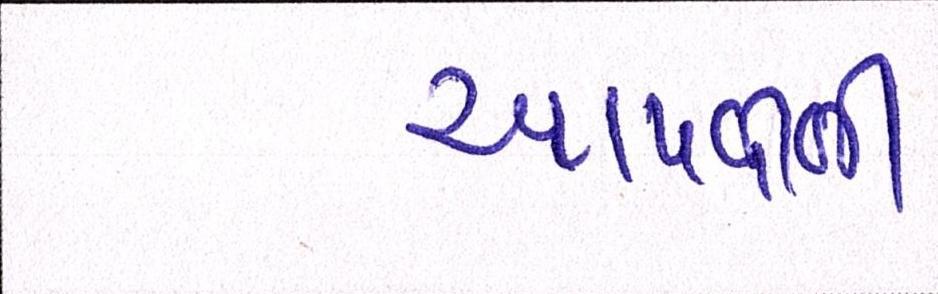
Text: આપવીતી